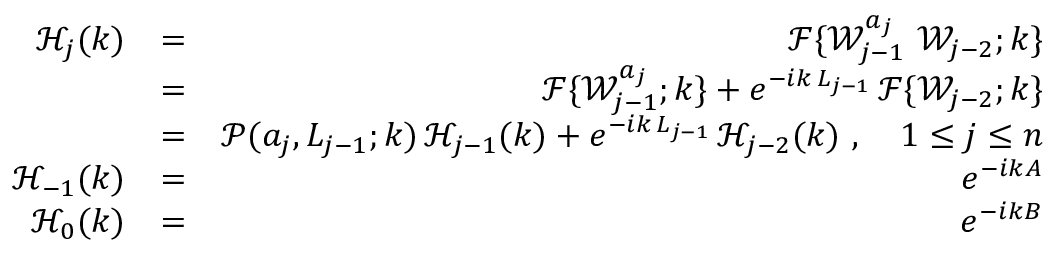
\begin{array} { r l r } { \mathcal { H } _ { j } ( k ) } & { = } & { \mathcal { F } \{ \mathcal { W } _ { j - 1 } ^ { a _ { j } } \ \mathcal { W } _ { j - 2 } ; k \} } \\ & { = } & { \mathcal { F } \{ \mathcal { W } _ { j - 1 } ^ { a _ { j } } ; k \} + e ^ { - i k \, L _ { j - 1 } } \, \mathcal { F } \{ \mathcal { W } _ { j - 2 } ; k \} } \\ & { = } & { \mathcal { P } ( a _ { j } , L _ { j - 1 } ; k ) \, \mathcal { H } _ { j - 1 } ( k ) + e ^ { - i k \, L _ { j - 1 } } \, \mathcal { H } _ { j - 2 } ( k ) \ , \quad 1 \leq j \leq n } \\ { \mathcal { H } _ { - 1 } ( k ) } & { = } & { e ^ { - i k A } } \\ { \mathcal { H } _ { 0 } ( k ) } & { = } & { e ^ { - i k B } } \end{array}